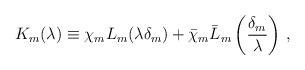
LaTeX: \begin{align*}K_{m}(\lambda)\equiv \chi _m L_{m}(\lambda\delta _m)+\bar \chi _m\bar L_{m}\left (\frac {\delta _m}{\lambda}\right) \, ,\end{align*}